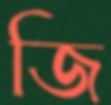
জি